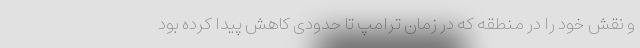
و نقش خود را در منطقه که در زمان ترامپ تا حدودی کاهش پیدا کرده بود